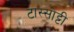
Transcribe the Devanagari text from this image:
टास्सोट्टी